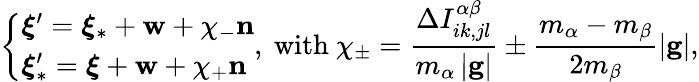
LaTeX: \left\{ \begin{array}{l}{\boldsymbol{\xi}^{\prime}=\boldsymbol{\xi}_{\ast}+\mathbf{w}+\chi_{-}\mathbf{n}}\\ {\boldsymbol{\xi}_{\ast}^{\prime}=\boldsymbol{\xi}+\mathbf{w}+\chi_{+}\mathbf{n}}\end{array}\right.\mathrm{,~with~}\chi_{\pm}=\frac{\Delta I_{ik,jl}^{\alpha\beta}}{m_{\alpha}\left\vert\mathbf{g}\right\vert}\pm\frac{m_{\alpha}-m_{\beta}}{2m_{\beta}}\left\vert\mathbf{g}\right\vert\mathrm{,}